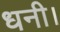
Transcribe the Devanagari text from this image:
धनी।